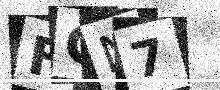
Text: FGN7